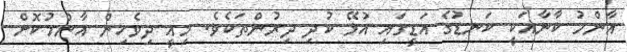
އާންމު ކާނާއަކީ ކަނޑުގެ އަޑީގައި އުޅޭ ކުދި ދިރުންތަކެވެ. މިއީ ދިވެހިން އާންމުކޮށް